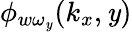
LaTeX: \phi_{w\omega_{\mathit{y}}}(k_{x},\mathit{y})